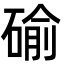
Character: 䃋